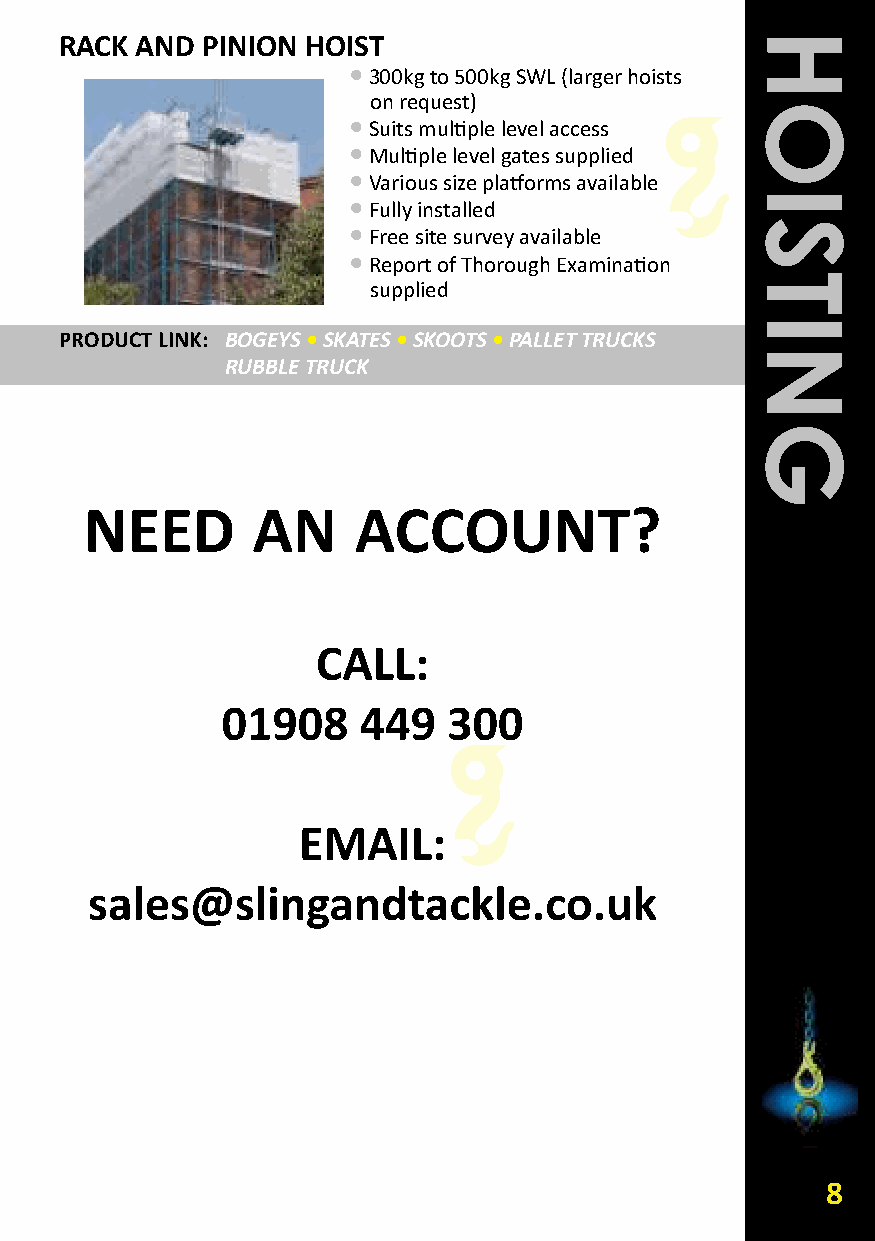
RACk AND PINION HOIST
 •300kg to 500kg SWL (larger hoists
 on request)
 •Suits multiple level access
 •Multiple level gates supplied
 •Various size platforms available
 •Fully installed
 •Free site survey available
 •Report of Thorough Examination
 supplied
 PRODUCT LINk: BOGEYS•SKATES•SKOOTS •PALLET TRUCKS
 RUBBLE TRUCK
 NEED       AN    ACCOUNT?
 CALL:
 01908    449   300
 EMAIL:
 sales@slingandtackle.co.uk
 8
 HOISTING